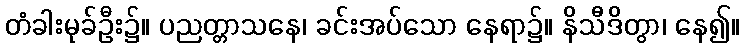
တံခါးမုခ်ဦး၌။ ပညတ္တာသနေ၊ ခင်းအပ်သော နေရာ၌။ နိသီဒိတွာ၊ နေ၍။